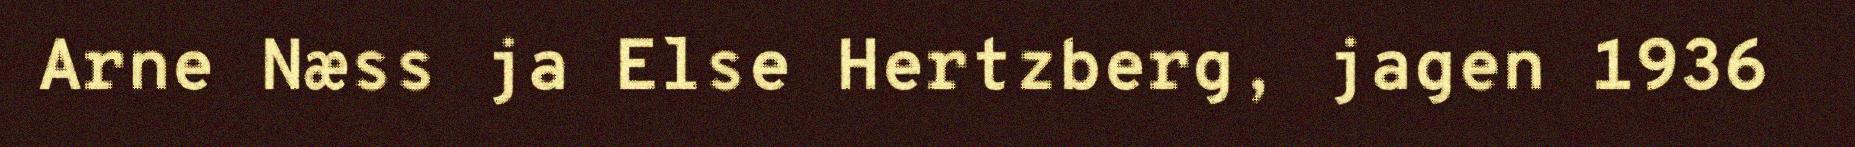
Arne Næss ja Else Hertzberg, jagen 1936